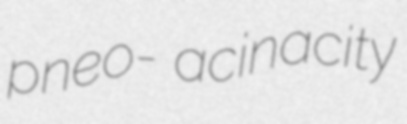
pneo- acinacity